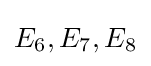
E_{6},E_{7},E_{8}